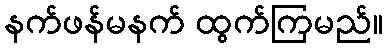
နက်ဖန်မနက် ထွက်ကြမည်။